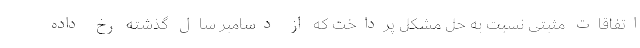
اتفاقات مثبتی نسبت به حل مشکل پرداخت که از دسامبر سال گذشته رخ داده